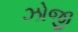
ઝોજી